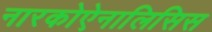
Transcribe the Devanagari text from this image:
नारकोऐनालिसिस